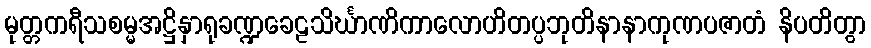
မုတ္တကရီသစမ္မအဋ္ဌိနှာရုခဏ္ဍခေဠသိင်္ဃာဏိကာလောဟိတပ္ပဘုတိနာနာကုဏပဇာတံ နိပတိတွာ